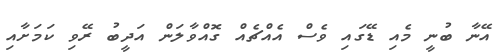
އޭނާ ބުނީ މެއި ޑޭގައި ވެސް އެއްޗެއް ގޮއްވާލަން އަދީބު ރޭވި ކަމަށާއި